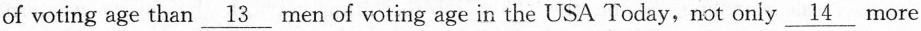
of voting age than\underline{13}men of voting age in the USA Today,not only \underline{14} more